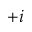
+ i